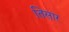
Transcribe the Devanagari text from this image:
तिसार